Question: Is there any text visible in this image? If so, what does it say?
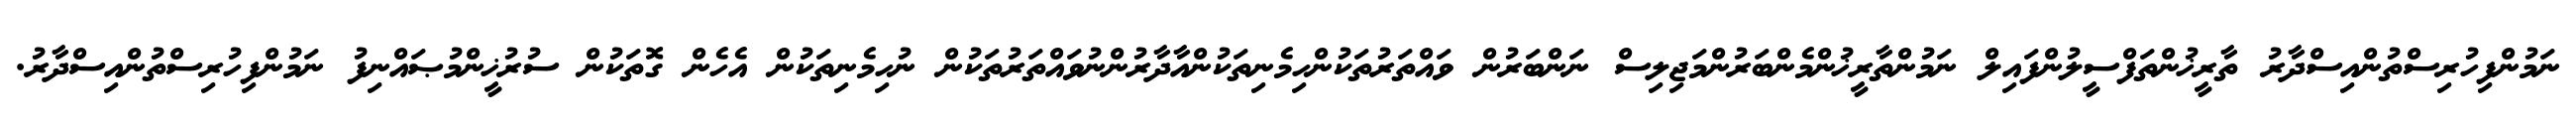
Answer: ނަމުންފިހުރިސްތުންއިސްދާރު ތާރީޚުންތަފްސީލުންފައިލް ނަމުންތާރީޚުންމެންބަރުންމަޖިލިސް ނަންބަރުން ވައްތަރުތަކުންހިމެނިތަކުންއާދާރުންނުވައްތަރުތަކުން ނުހިމެނިތަކުން އެހެން ގޮތަކުން ސުރުޚީންމުޞައްނިފު ނަމުންފިހުރިސްތުންއިސްދާރު.